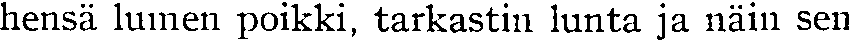
hensä lumen poikki, tarkastin lunta ja näin sen